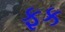
ફક